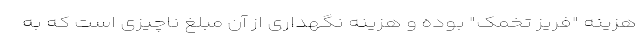
هزینه "فریز تخمک" بوده و هزینه نگهداری از آن مبلغ ناچیزی است که به